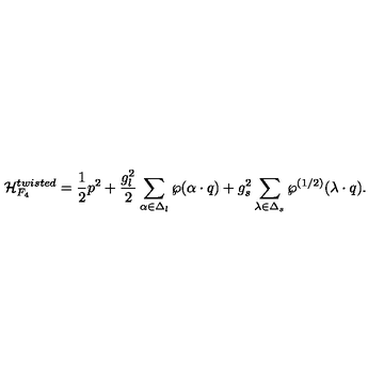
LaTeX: { \cal H } _ { F _ { 4 } } ^ { t w i s t e d } = { \frac { 1 } { 2 } } p ^ { 2 } + { \frac { g _ { l } ^ { 2 } } { 2 } } \sum _ { \alpha \in \Delta _ { l } } \wp ( \alpha \cdot q ) + { g _ { s } ^ { 2 } } \sum _ { \lambda \in \Delta _ { s } } \wp ^ { ( 1 / 2 ) } ( \lambda \cdot q ) .